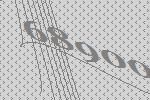
68900